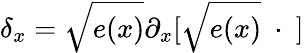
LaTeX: \delta_{x}=\sqrt{e(x)}\partial_{x}[\sqrt{e(x)}~\cdot~]